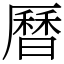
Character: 曆